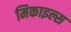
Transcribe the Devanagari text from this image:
मिकाइल्स